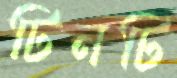
টিনটি